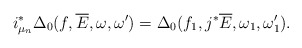
\begin{align*}i_{\mu_n}^*\Delta_0(f,\overline{E},\omega,\omega')=\Delta_0(f_1,j^*\overline{E},\omega_1,\omega'_1).\end{align*}